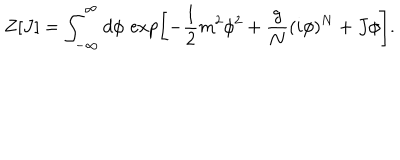
Z [ J ] = \int _ { - \infty } ^ { \infty } d \phi \, \exp \left[ - { \frac { 1 } { 2 } } m ^ { 2 } \phi ^ { 2 } + { \frac { g } { N } } ( i \phi ) ^ { N } + J \phi \right] .